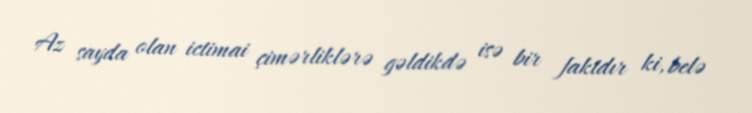
Az sayda olan ictimai çimərliklərə gəldikdə isə bir faktdır ki, belə